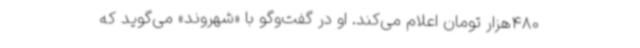
480‌هزار تومان اعلام می‌کند. او در گفت‌وگو با «شهروند» می‌گوید که